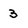
Character: 3